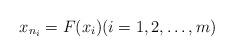
LaTeX: \begin{align*}x_{n_i}=F(x_i)(i=1,2,\ldots,m)\end{align*}